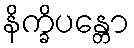
နိက္ခိပန္တော